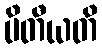
ပိတီယတိ